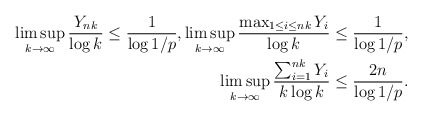
\begin{align*} \limsup_{k\to\infty} \frac{ Y_{nk}}{\log{k}} \leq \frac{1}{\log 1/p} , \limsup_{k\to\infty} \frac{\max_{1\leq i\leq nk} Y_i}{\log{k}} \leq \frac{1}{\log 1/p} , \\ \limsup_{k \to \infty} \frac{\sum_{i=1}^{nk} Y_i}{ k \log k } \leq \frac{2n}{\log 1/p } . \end{align*}